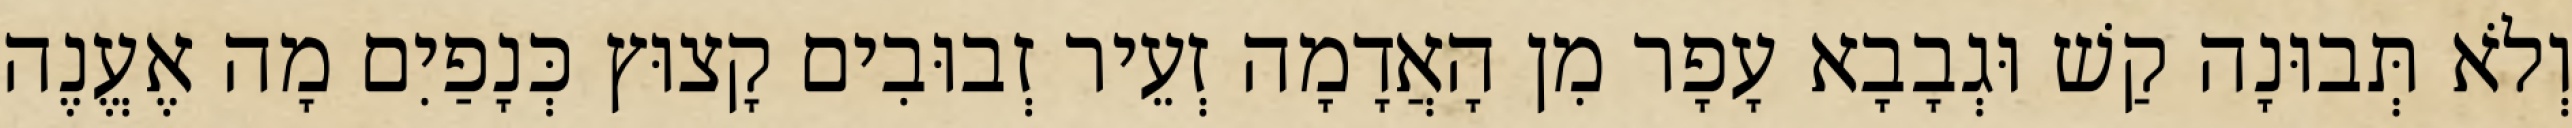
וְלֹא תְּבוּנָה קַשׁ וּגְבָבָא עָפָר מִן הָאֲדָמָה זְעֵיר זְבוּבִים קָצוּץ כְּנָפַיִם מָה אֶעֱנֶה